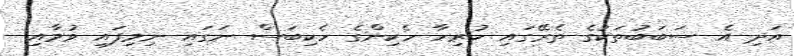
އަދި އެ ސަބަބުތަކުގެ ތެރޭގައި ހުރިހާ ހެކިންގެ ހެކިބަސް ނަގައި ނިމިފައި ވުމާއި